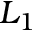
L _ { 1 }